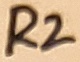
Text: R2